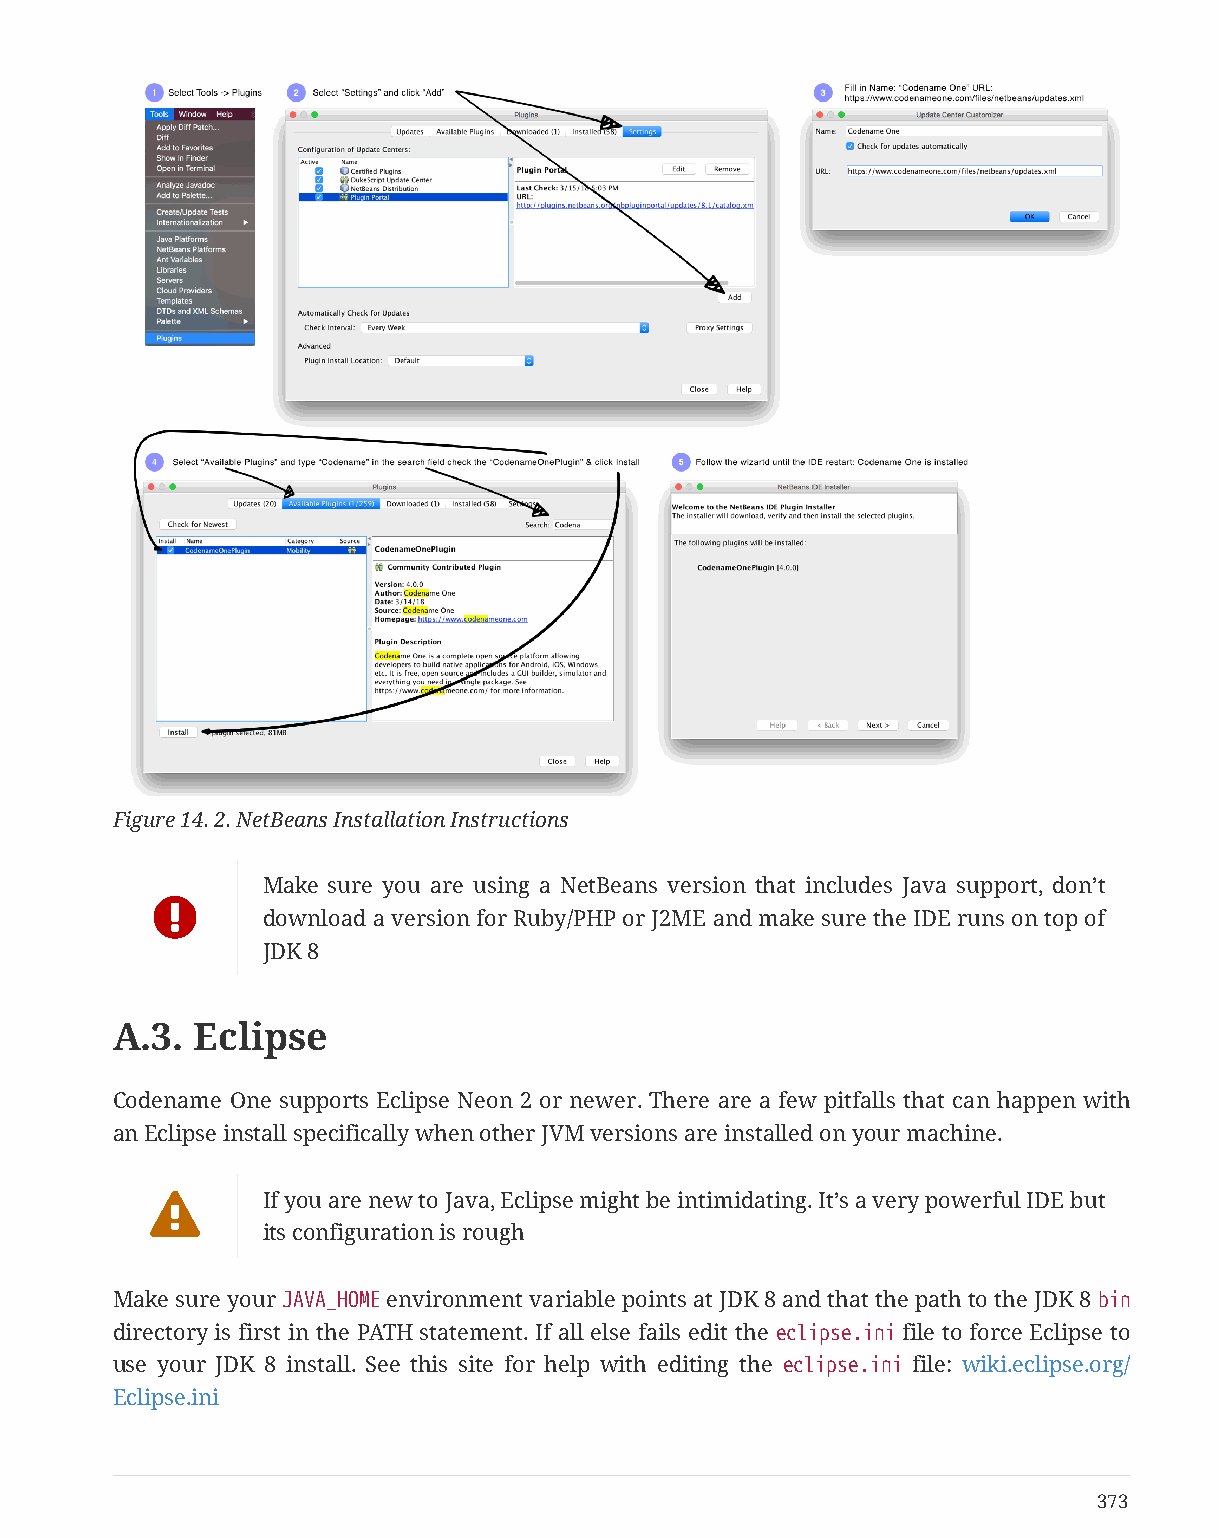
Figure 14. 2. NetBeans Installation Instructions
 Make sure you are using a NetBeans version that includes Java support, don’t
 
 download a version for Ruby/PHP or J2ME and make sure the IDE runs on top of
 JDK 8
 A.3.  Eclipse
 Codename One supports Eclipse Neon 2 or newer. There are a few pitfalls that can happen with
 an Eclipse install specifically when other JVM versions are installed on your machine.
       If you are new to Java, Eclipse might be intimidating. It’s a very powerful IDE but
 its configuration is rough
 Make sure your JAVA_HOME environment variable points at JDK 8 and that the path to the JDK 8 bin
 directory is first in the PATH statement. If all else fails edit the eclipse.ini file to force Eclipse to
 use your JDK 8 install. See this site for help with editing the eclipse.ini file: wiki.eclipse.org/
 Eclipse.ini
 373